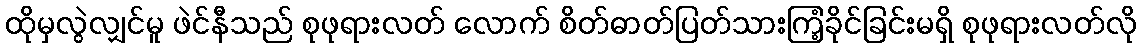
ထိုမှလွဲလျှင်မူ ဖဲင်နီသည် စုဖုရားလတ် လောက် စိတ်ဓာတ်ပြတ်သားကြံ့ခိုင်ခြင်းမရှိ စုဖုရားလတ်လို